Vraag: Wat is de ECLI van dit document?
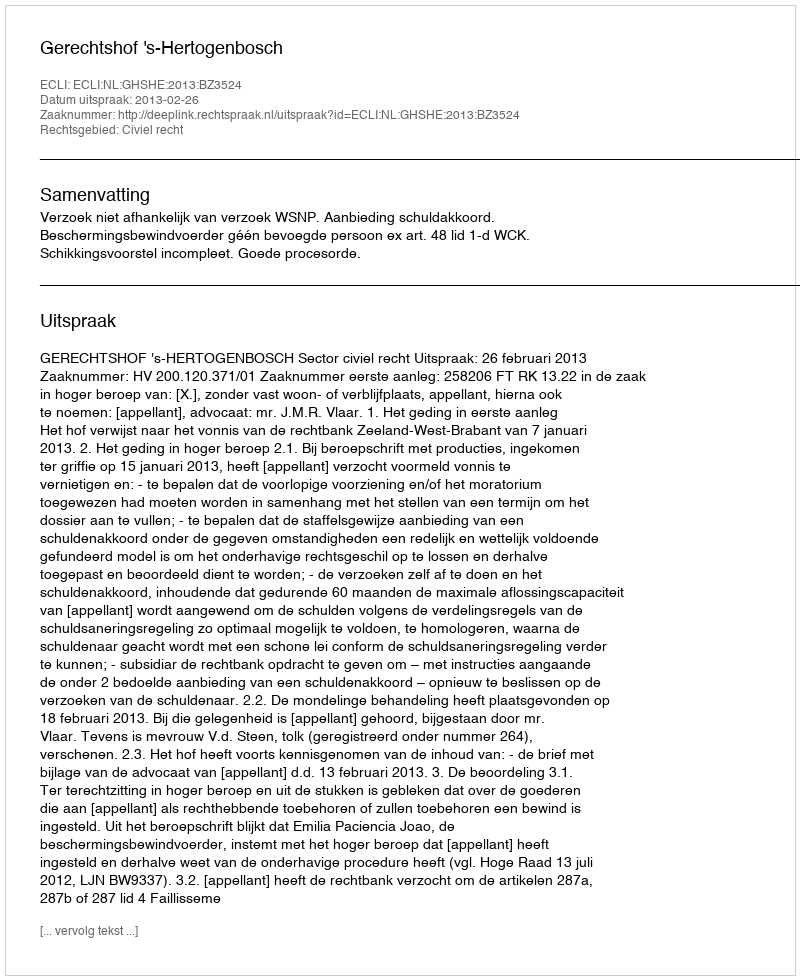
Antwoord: ECLI:NL:GHSHE:2013:BZ3524